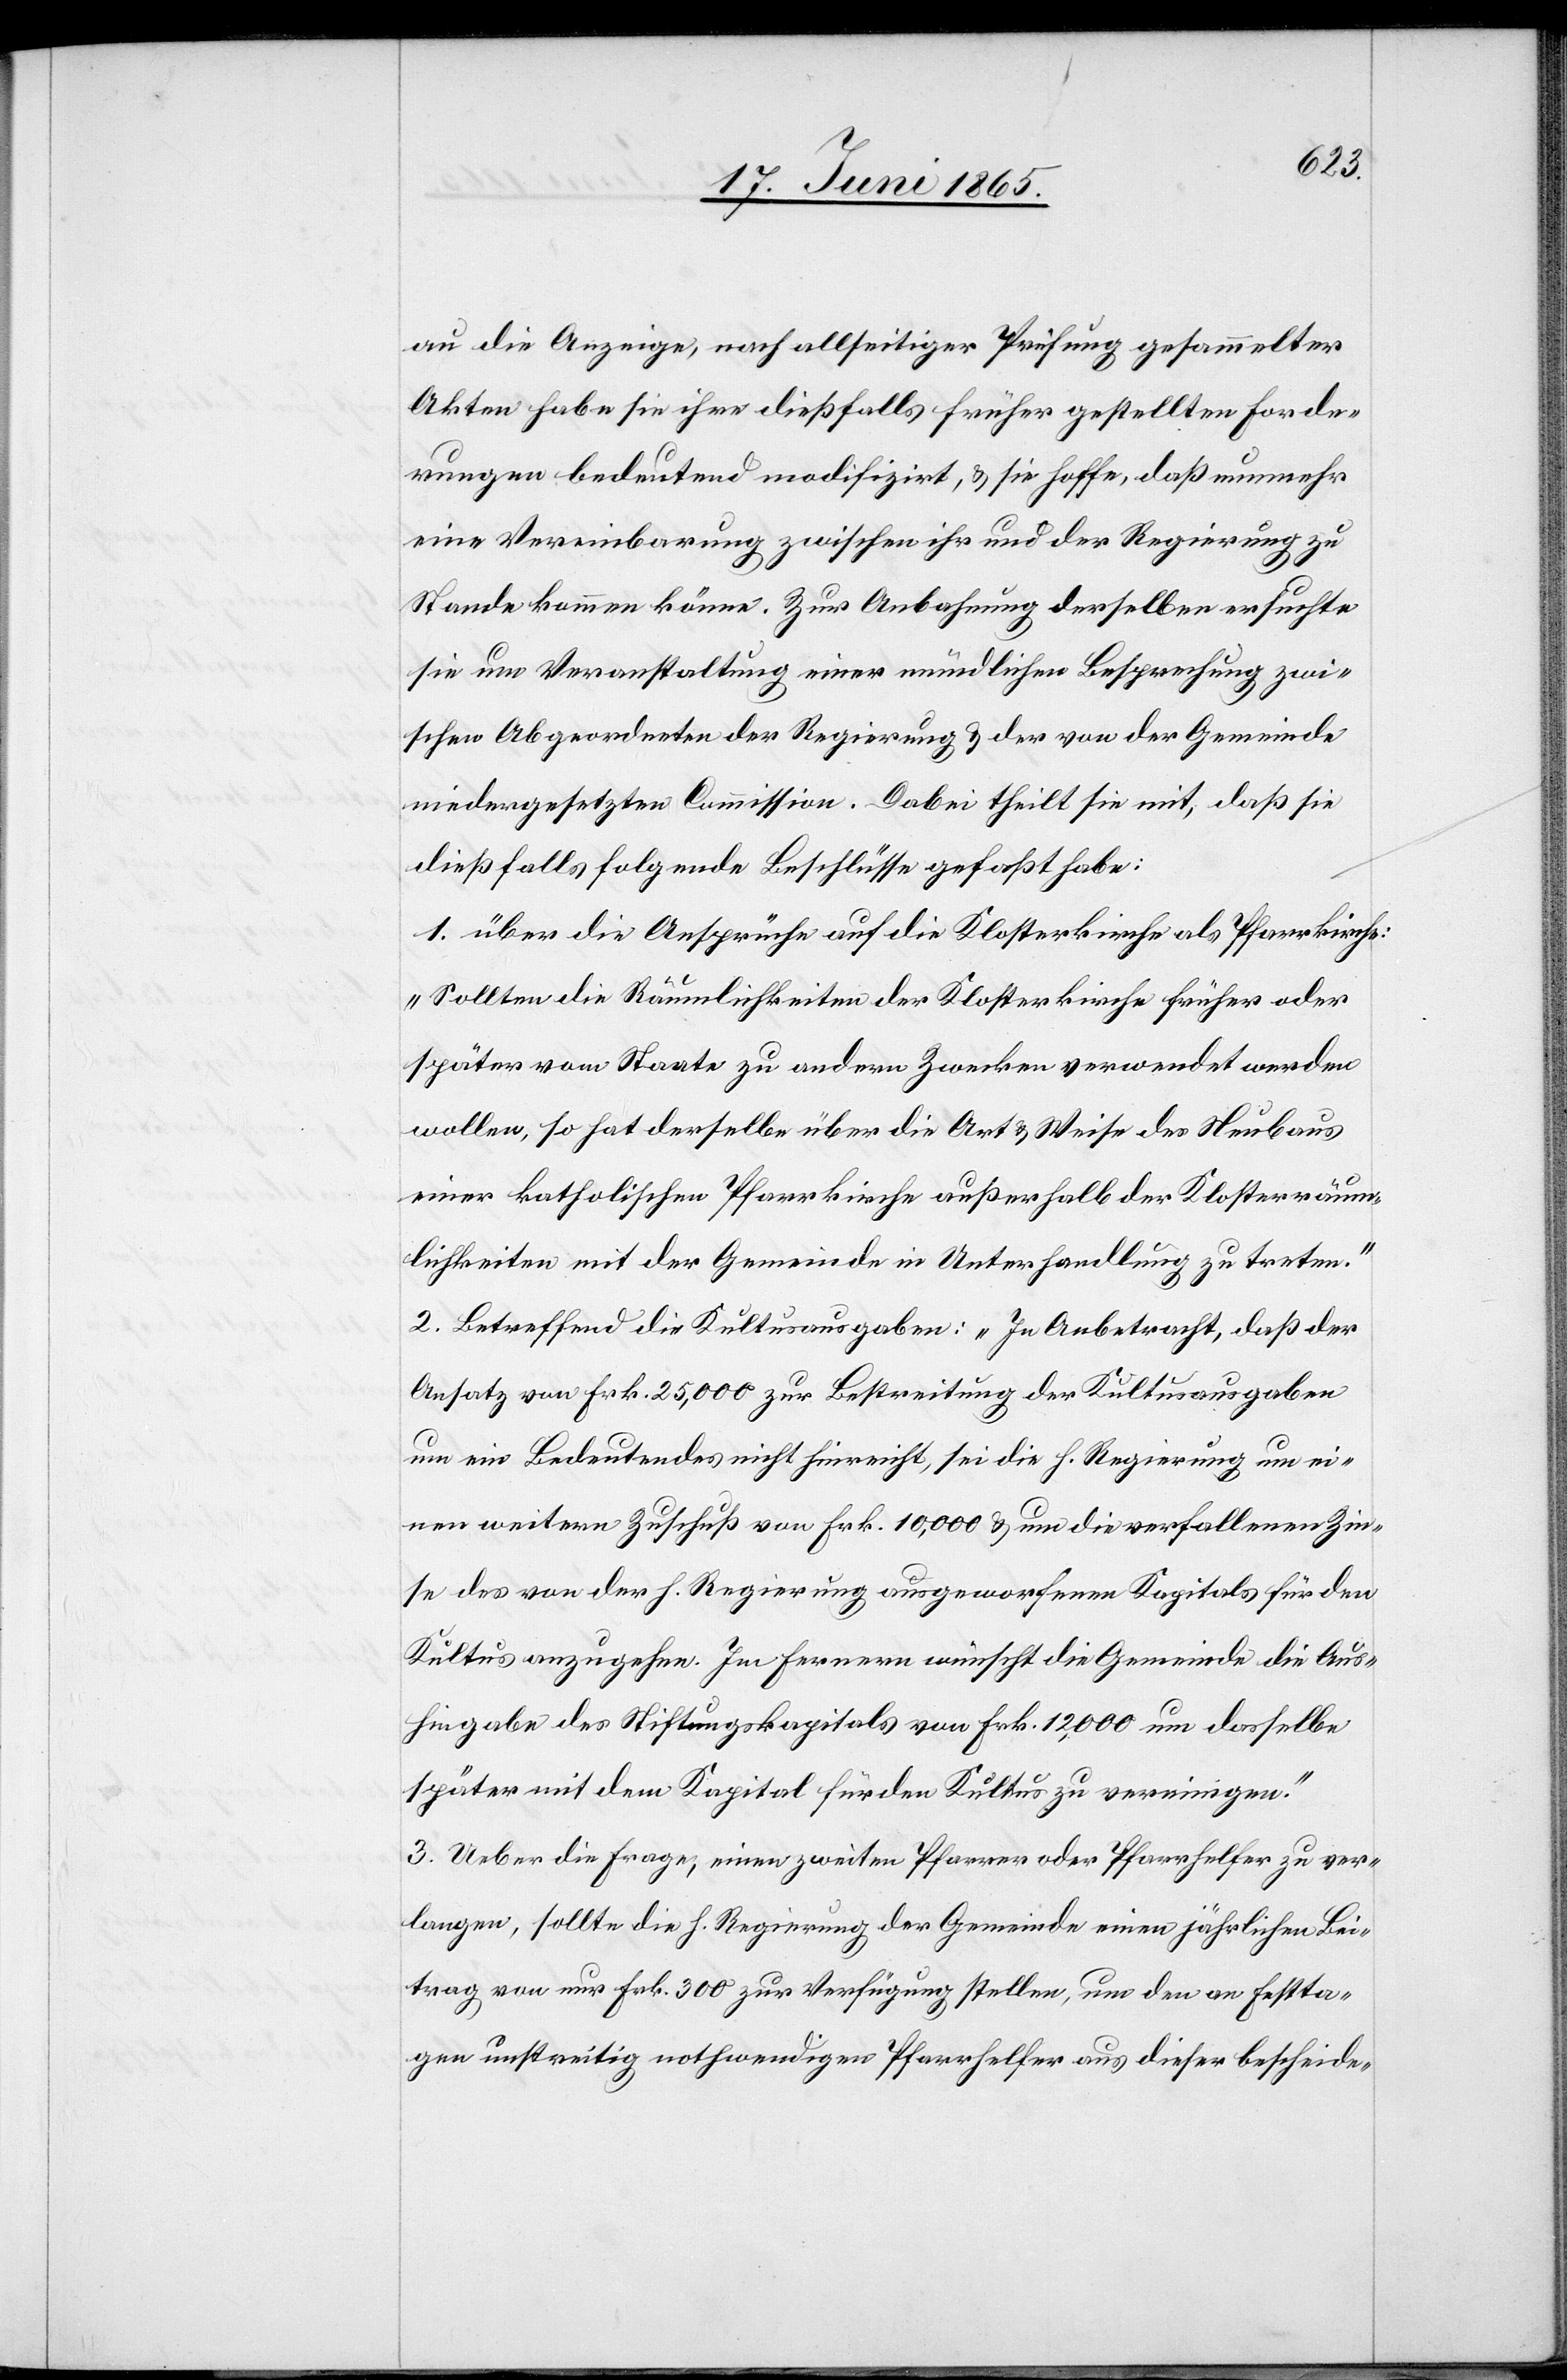
au die Anzeige, nach allseitiger Prüfung gesammelter
Akten habe sie ihre dießfalls früher gestellten Forde¬
rungen bedeutend modifzirt, & sie hoffe, das nunmehr
eine Vereinbarung zwischen ihr und der Regierung zu
Stande kommen könne. Zur Anbahnung derselben ersuchte
sie um Veranstaltung einer mündlichen Besprechung zwi¬
schen Abgeordneten der Regierung & der von der Gemeinde
niedergesetzten Commission. Dabei theilt sie mit, daß sie
dießfalls folgende Beschlüsse gefaßt habe:
1. über die Ansprüche auf die Klosterkirche als Pfarrkirche:
„Sollten die Räumlichkeiten der Klosterkirche früher oder
später vom Staate zu andern Zwecken verwendet werden
wollen, so hat derselbe über die Art & Weise des Neubaus
einer katholischen Pfarrkirche außerhalb der Klosterräum¬
lichkeiten mit der Gemeinde in Unterhandlung zu treten.“
2. Betreffend die Kultusausgaben: „In Anbetracht, daß der
Ansatz von Frk. 25,000 zur Bestreitung der Kultusausgaben
um ein Bedeutendes nicht hinreicht, sei die h. Regierung um ei¬
nen weitern Zuschuß von Frk. 10,000 & um die verfallenen Zin¬
se des von der h. Regierung ausgeworfenen Kapitals für den
Kultus anzugehen. Im Fernern wünscht die Gemeinde die Aus¬
hingabe des Stiftungskapitals von Frk. 12,000 um dasselbe
später mit dem Kapital für den Kultus zu vereinigen.“
3. Ueber die Frage, einen zweiten Pfarrer oder Pfarrhelfer zu ver¬
langen, sollte die h. Regierung der Gemeinde einen jährlichen Bei¬
trag von nur Frk. 300 zur Verfügung stellen, um den an Festta¬
gen unstreitig nothwendigen Pfarrhelfer aus dieser bescheide-